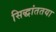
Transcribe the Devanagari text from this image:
सिद्धांततया